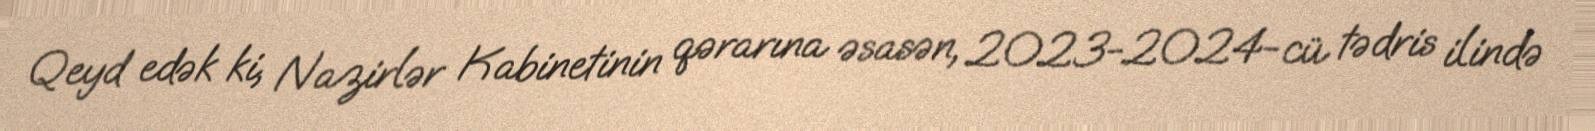
Qeyd edək ki, Nazirlər Kabinetinin qərarına əsasən, 2023-2024-cü tədris ilində